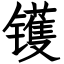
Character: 镬